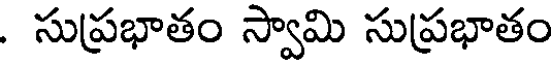
. సుప్రభాతం స్వామి సుప్రభాతం